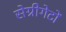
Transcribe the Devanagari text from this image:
सेग्रीगेटों